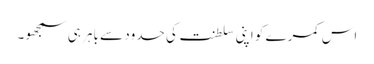
اس کمرے کو اپنی سلطنت کی حدود سے باہر ہی سمجھو۔